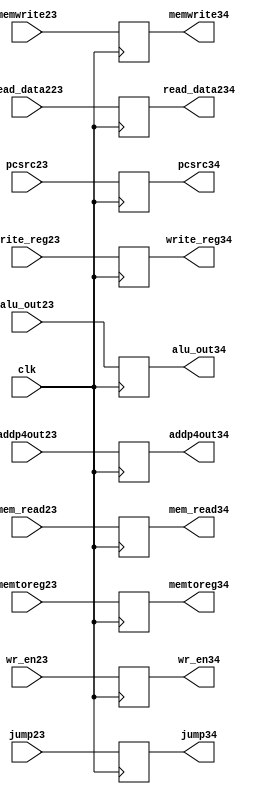
module dflipflop34(addp4out23, alu_out34, read_data234, write_reg34, memwrite34, mem_read34, wr_en34, memtoreg34, jump34, pcsrc34,

                   addp4out34, alu_out23, read_data223, write_reg23, memwrite23, mem_read23, wr_en23, memtoreg23, jump23, pcsrc23, clk);
                  
output reg [31:0]addp4out34, alu_out34, read_data234;

output reg [4:0]write_reg34;

output reg memwrite34, mem_read34, wr_en34, memtoreg34, jump34, pcsrc34;

input [31:0]addp4out23, alu_out23, read_data223;

input [4:0]write_reg23;

  input memwrite23, mem_read23, wr_en23, memtoreg23, jump23, pcsrc23, clk;
  
 always@(posedge clk)
 
 begin
 addp4out34<=addp4out23;
 alu_out34<=alu_out23;
 read_data234<=read_data223;
 write_reg34<=write_reg23;
 memwrite34<=memwrite23;
 mem_read34<=mem_read23;
 wr_en34<=wr_en23;
 memtoreg34<=memtoreg23;
 jump34<=jump23;   
 pcsrc34<=pcsrc23;            
end
endmodule